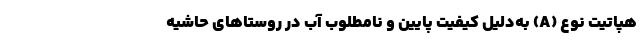
هپاتیت نوع (A) به‌دلیل کیفیت پایین و نامطلوب آب در روستاهای حاشیه